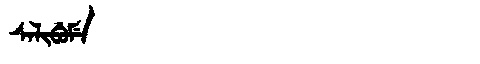
Manchu: ᠰᠠᠯᡳᠪᡠᠮᡝ
Romanization: SALIBUME